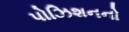
પોઝિશનનો